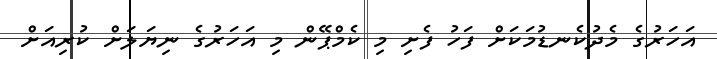
އަހަރުގެ މެދުކެނޑުމަކަށް ފަހު ފެށި މި ކެމްޕޭން މި އަހަރުގެ ނިޔަލަށް ކުރިއަށް